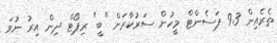
ތެރެއިން 9.3 ޕަސެންޓް މީހުން ސަރުކާރަށް "ބީ" ރިޕޯޓް ދިން އިރު ނުވަ